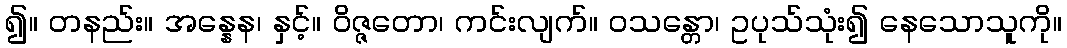
၍။ တနည်း။ အန္နေန၊ နှင့်။ ဝိဇ္ဇတော၊ ကင်းလျက်။ ဝသန္တော၊ ဥပုသ်သုံး၍ နေသောသူကို။